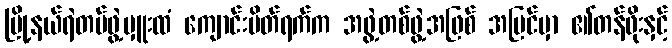
မြို့နယ်ရဲတပ်ဖွဲ့မှူးထံ ကျောင်းပိတ်ရက်က အဖွဲ့တစ်ဖွဲ့အဖြစ် အပြင်မှာ ၏တန်ဖိုးနှင့်